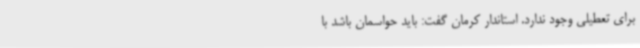
برای تعطیلی وجود ندارد. استاندار کرمان گفت: باید حواسمان باشد با